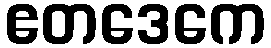
ဧတဒေကေ